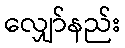
လျှော်နည်း